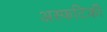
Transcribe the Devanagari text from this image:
अस्फटिकी